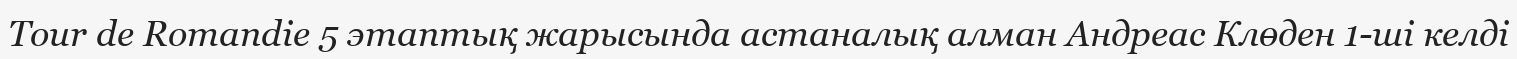
Tour de Romandie 5 этаптық жарысында астаналық алман Андреас Клөден 1-ші келді